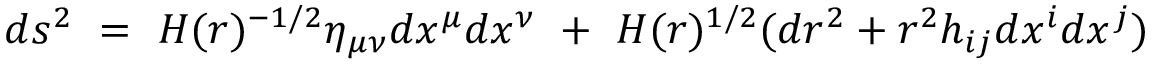
d s ^ { 2 } ~ = ~ H ( r ) ^ { - 1 / 2 } \eta _ { \mu \nu } d x ^ { \mu } d x ^ { \nu } ~ + ~ H ( r ) ^ { 1 / 2 } ( d r ^ { 2 } + r ^ { 2 } h _ { i j } d x ^ { i } d x ^ { j } )